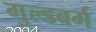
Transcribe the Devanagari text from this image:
गुल्डबर्ग